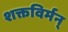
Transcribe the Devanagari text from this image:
शक्तविर्मन्